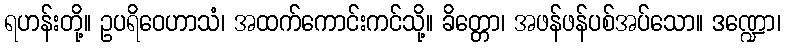
ရဟန်းတို့။ ဥပရိဝေဟာသံ၊ အထက်ကောင်းကင်သို့။ ခိတ္တော၊ အဖန်ဖန်ပစ်အပ်သော။ ဒဏ္ဍော၊